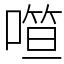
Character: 𰈢